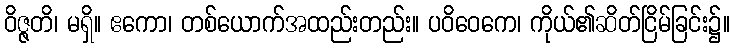
ဝိဇ္ဇတိ၊ မရှိ။ ဧကော၊ တစ်ယောက်အထည်းတည်း။ ပဝိဝေကေ၊ ကိုယ်၏ဆိတ်ငြိမ်ခြင်း၌။